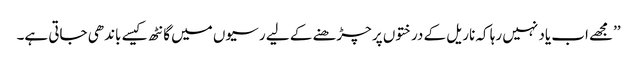
’’مجھے اب یاد نہیں رہا کہ ناریل کے درختوں پر چڑھنے کے لیے رسیوں میں گانٹھ کیسے باندھی جاتی ہے۔